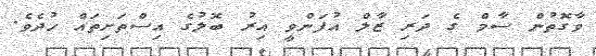
ވާގޮތުން ސާމް ގެ ދަރި ޒާލް އުފަންވީ އިރު ބޮލުގެ އިސްތަށިތައް ހުދެވެ.